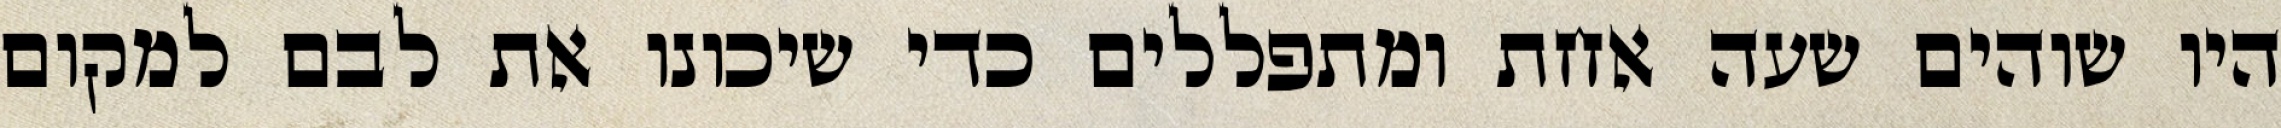
היו שוהים שעה אחת ומתפללים כדי שיכונו את לבם למקום